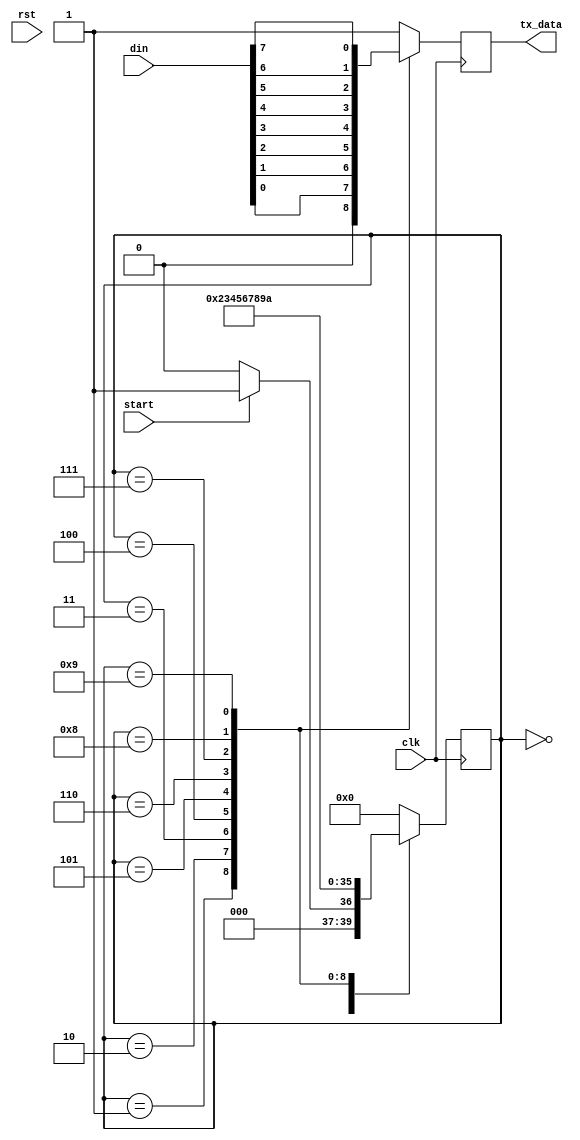
`timescale 1ns / 1ps
//////////////////////////////////////////////////////////////////////////////////
// Company: 
// Engineer: 
// 
// Design Name: 
// Module Name: TX
// Project Name: 
// Target Devices: 
// Tool Versions: 
// Description: 
// 
// Dependencies: 
// 
// Revision:
// Revision 0.01 - File Created
// Additional Comments:
// 
//////////////////////////////////////////////////////////////////////////////////


module TX(clk, start, rst, din, tx_data);
input clk, rst,start;
input [7:0] din;
output reg tx_data;

reg [3:0] state;

localparam IDLE = 4'd0, START_BIT = 4'd1, TX0 = 4'd2, TX1 = 4'd3, TX2 = 4'd4, TX3 = 4'd5, TX4 = 4'd6, TX5 = 4'd7, TX6= 4'd8, TX7 = 4'd9, STOP_BIT = 4'd10; 

always@(posedge clk)
begin

    case(state)
        IDLE :if(start) state <= START_BIT; else state <= IDLE;
        START_BIT : state <= TX0; 
        TX0 : state <= TX1;
        TX1 : state <= TX2;
        TX2 : state <= TX3;
        TX3 : state <= TX4;
        TX4 : state <= TX5;
        TX5 : state <= TX6;
        TX6 : state <= TX7;
        TX7 : state <= STOP_BIT;
        STOP_BIT : state <= IDLE;
        default : state <= IDLE;
        endcase
end

always@(posedge clk)
begin

    case(state)
        IDLE : tx_data <= 1'b1;
        START_BIT : tx_data <= 1'b0;
        TX0 : tx_data <= din[0];
        TX1 :tx_data <= din[1];
        TX2 : tx_data <= din[2];
        TX3 : tx_data <= din[3];
        TX4 : tx_data <= din[4];
        TX5 : tx_data <= din[5];
        TX6 : tx_data <= din[6];
        TX7 : tx_data <= din[7];
        STOP_BIT : tx_data <= 1'b1;
        default : tx_data <= 1'b1;
        endcase
end

endmodule